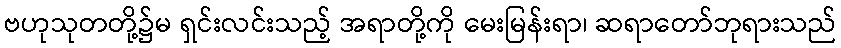
ဗဟုသုတတို့၌မ ရှင်းလင်းသည့် အရာတို့ကို မေးမြန်းရာ၊ ဆရာတော်ဘုရားသည်